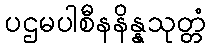
ပဌမပါစီနနိန္နသုတ္တံ